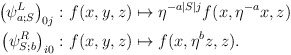
\begin{align*} \left(\psi^L_{a;S}\right)_{0j}\colon& f(x,y,z) \mapsto \eta^{-a \vert S \vert j} f(x, \eta^{-a}x,z) \\ \left(\psi^R_{S;b}\right)_{i0}\colon& f(x,y,z) \mapsto f(x, \eta^{b}z,z). \end{align*}